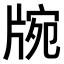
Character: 𤗍